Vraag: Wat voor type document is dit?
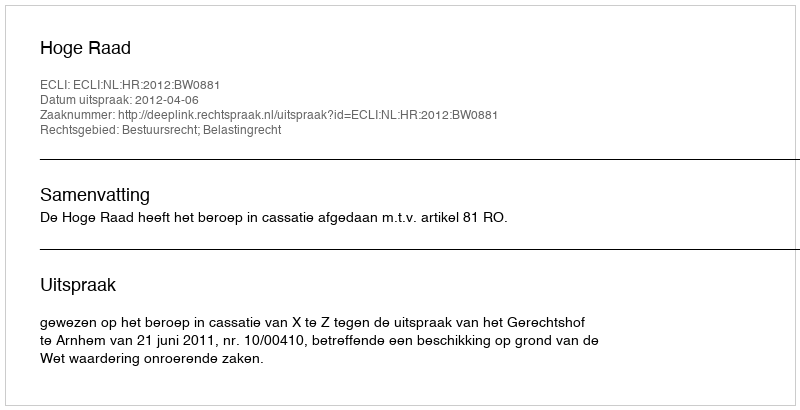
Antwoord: Uitspraak